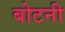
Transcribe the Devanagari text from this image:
बोटनी